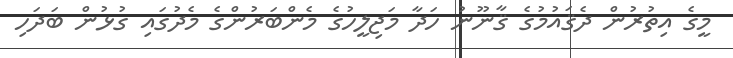
މީގެ އިތުރުން ދެޤައުމުގެ ޤާނޫނު ހަދާ މަޖިލީހުގެ މެންބަރުންގެ މެދުގައި ގުޅުން ބަދަހި